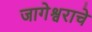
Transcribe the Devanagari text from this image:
जागेश्वराचे